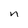
Character: n